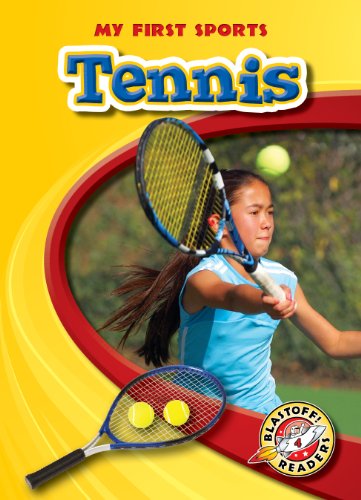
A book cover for Tennis (Blastoff! Readers: My First Sports Books) (Blastoff Readers. Level 4); Anne Wendorff; Children's Books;